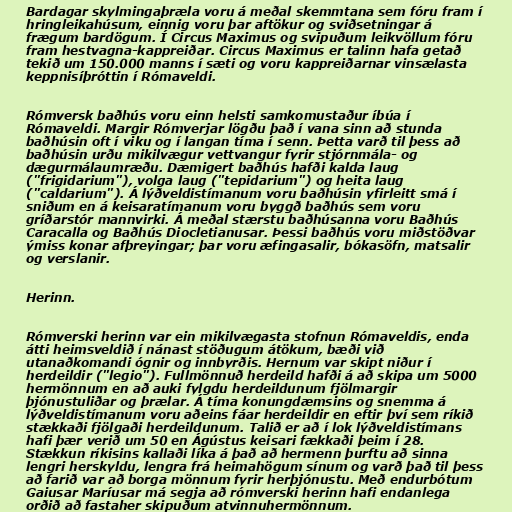
Bardagar skylmingaþræla voru á meðal skemmtana sem fóru fram í
hringleikahúsum, einnig voru þar aftökur og sviðsetningar á
frægum bardögum. Í Circus Maximus og svipuðum leikvöllum fóru
fram hestvagna-kappreiðar. Circus Maximus er talinn hafa getað
tekið um 150.000 manns í sæti og voru kappreiðarnar vinsælasta
keppnisíþróttin í Rómaveldi.

Rómversk baðhús voru einn helsti samkomustaður íbúa í
Rómaveldi. Margir Rómverjar lögðu það í vana sinn að stunda
baðhúsin oft í viku og í langan tíma í senn. Þetta varð til þess að
baðhúsin urðu mikilvægur vettvangur fyrir stjórnmála- og
dægurmálaumræðu. Dæmigert baðhús hafði kalda laug
("frigidarium"), volga laug ("tepidarium") og heita laug
("caldarium"). Á lýðveldistímanum voru baðhúsin yfirleitt smá í
sniðum en á keisaratímanum voru byggð baðhús sem voru
gríðarstór mannvirki. Á meðal stærstu baðhúsanna voru Baðhús
Caracalla og Baðhús Diocletianusar. Þessi baðhús voru miðstöðvar
ýmiss konar afþreyingar; þar voru æfingasalir, bókasöfn, matsalir
og verslanir.

Herinn.

Rómverski herinn var ein mikilvægasta stofnun Rómaveldis, enda
átti heimsveldið í nánast stöðugum átökum, bæði við
utanaðkomandi ógnir og innbyrðis. Hernum var skipt niður í
herdeildir ("legio"). Fullmönnuð herdeild hafði á að skipa um 5000
hermönnum en að auki fylgdu herdeildunum fjölmargir
þjónustuliðar og þrælar. Á tíma konungdæmsins og snemma á
lýðveldistímanum voru aðeins fáar herdeildir en eftir því sem ríkið
stækkaði fjölgaði herdeildunum. Talið er að í lok lýðveldistímans
hafi þær verið um 50 en Ágústus keisari fækkaði þeim í 28.
Stækkun ríkisins kallaði líka á það að hermenn þurftu að sinna
lengri herskyldu, lengra frá heimahögum sínum og varð það til þess
að farið var að borga mönnum fyrir herþjónustu. Með endurbótum
Gaiusar Maríusar má segja að rómverski herinn hafi endanlega
orðið að fastaher skipuðum atvinnuhermönnum.